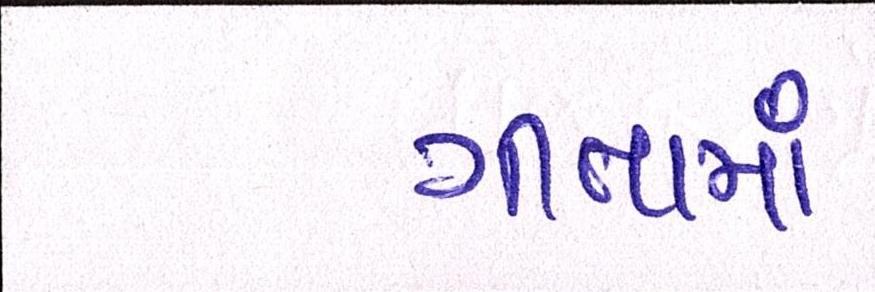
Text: ગીતામાં